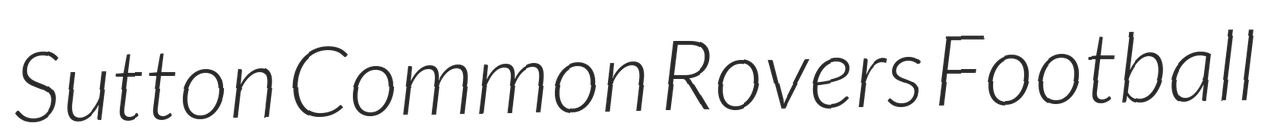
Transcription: Sutton Common Rovers Football